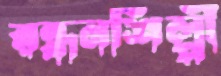
রন্ধনশিল্পী